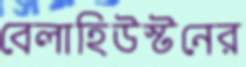
বেলাহিউস্টনের